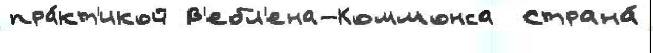
пра́кт'икой В'ебл'ена-Коммонса  Страна́